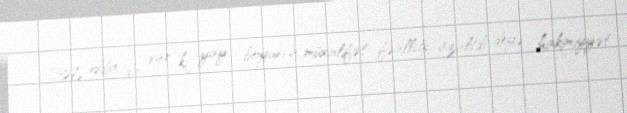
- Belə iddia da var ki, yay boyunca müxalifət fəallığı azaltdı deyə, hakimiyyət